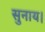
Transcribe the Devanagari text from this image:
सुनाय।